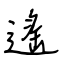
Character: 遙